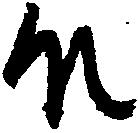
殿